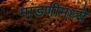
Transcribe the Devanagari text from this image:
मांडणीमध्‍ये